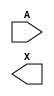
/**
 * Copyright 2020 The SkyWater PDK Authors
 *
 * Licensed under the Apache License, Version 2.0 (the "License");
 * you may not use this file except in compliance with the License.
 * You may obtain a copy of the License at
 *
 *     https://www.apache.org/licenses/LICENSE-2.0
 *
 * Unless required by applicable law or agreed to in writing, software
 * distributed under the License is distributed on an "AS IS" BASIS,
 * WITHOUT WARRANTIES OR CONDITIONS OF ANY KIND, either express or implied.
 * See the License for the specific language governing permissions and
 * limitations under the License.
 *
 * SPDX-License-Identifier: Apache-2.0
 */

`ifndef SKY130_FD_SC_HD__LPFLOW_CLKBUFKAPWR_SYMBOL_V
`define SKY130_FD_SC_HD__LPFLOW_CLKBUFKAPWR_SYMBOL_V

/**
 * lpflow_clkbufkapwr: Clock tree buffer on keep-alive power rail.
 *
 * Verilog stub (without power pins) for graphical symbol definition
 * generation.
 *
 * WARNING: This file is autogenerated, do not modify directly!
 */

`timescale 1ns / 1ps
`default_nettype none

(* blackbox *)
module sky130_fd_sc_hd__lpflow_clkbufkapwr (
    //# {{data|Data Signals}}
    input  A,
    output X
);

    // Voltage supply signals
    supply1 KAPWR;
    supply1 VPWR ;
    supply0 VGND ;
    supply1 VPB  ;
    supply0 VNB  ;

endmodule

`default_nettype wire
`endif  // SKY130_FD_SC_HD__LPFLOW_CLKBUFKAPWR_SYMBOL_V